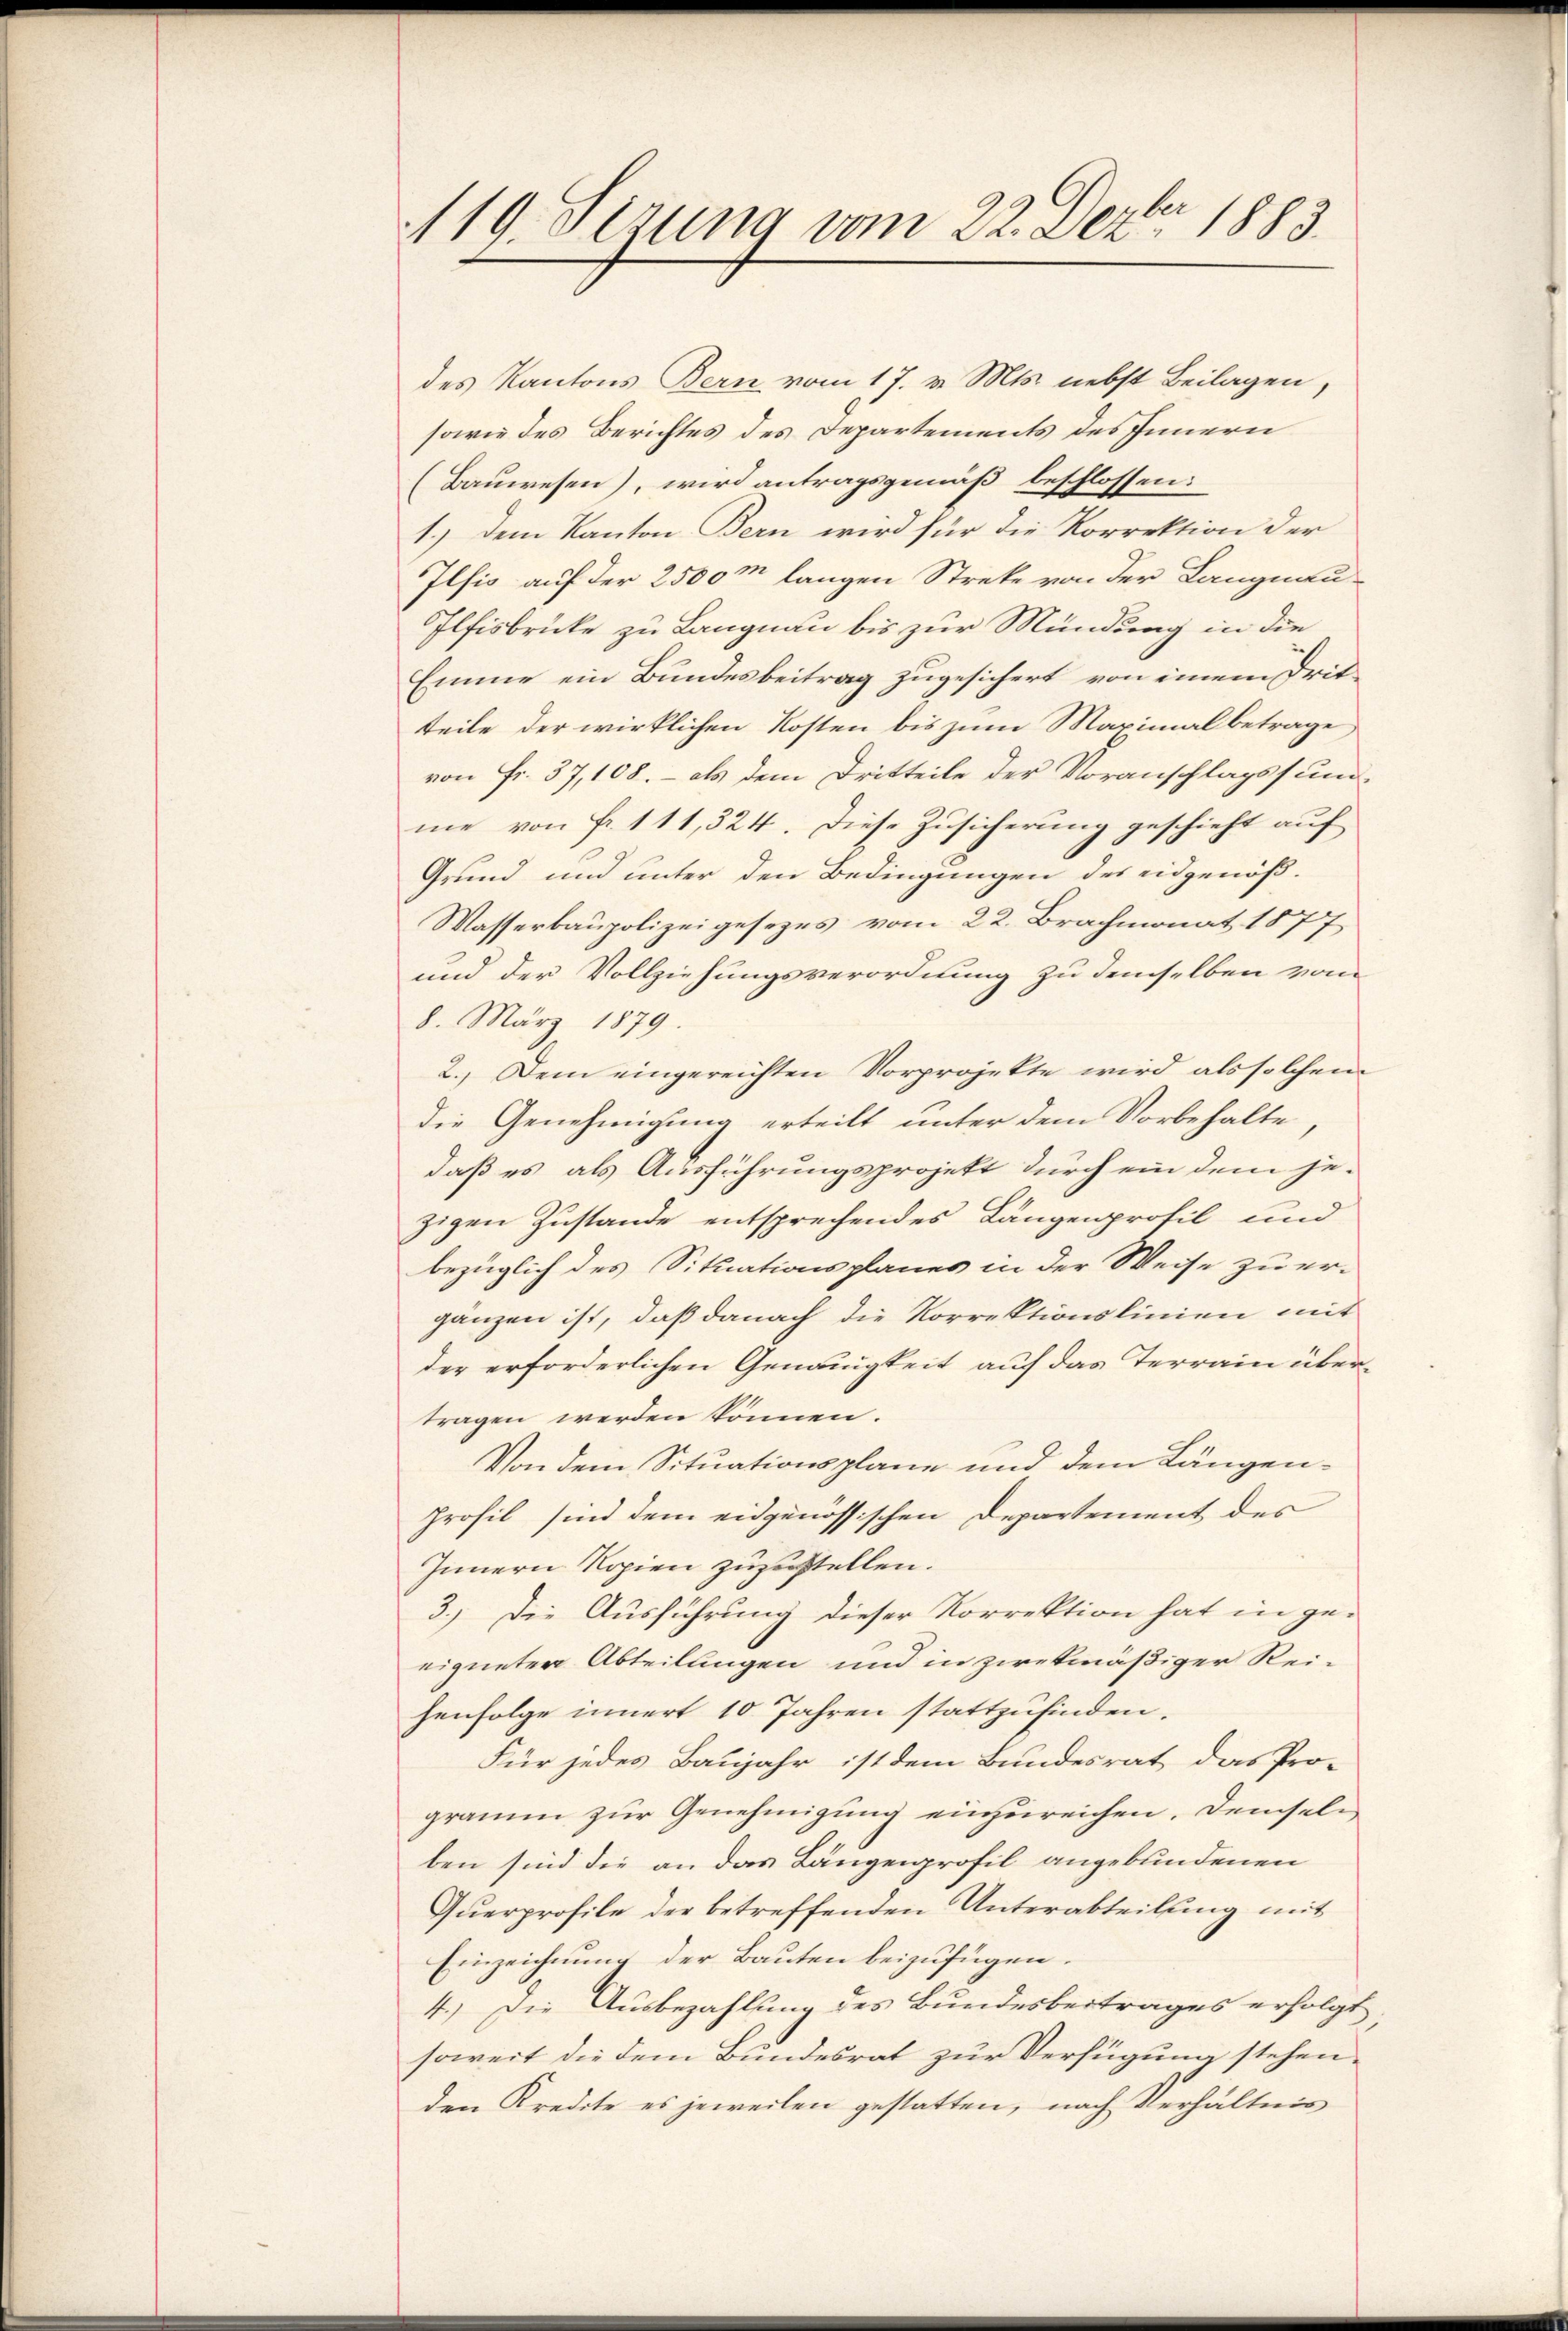
119. Jezung vom 22. Dezbr. 1883.

des Kantons Bern vom 17. v. Mts. nebst Beilagen,
sowie des Berichtes des Departements des Innern
(Bauwesen), wird antragsgemäß beschlossen:
1.) Dem Kanton Bern wird für die Korrektion der
Ilfis auf der 2500m langen Streke von der Langnau-
Ilfisbrücke zu Langnau bis zur Mündung in die
Emme ein Bundesbeitrag zugesichert von einem Dritteile der wirklichen Kosten bis zum Maximal betrage,
von Fr. 37, 108. - als dem Dritteile der Voranschlagssundme von Fr. 111,324. Diese Zŭsicherŭng geschieht aŭf
Grund und unter den Bedingungen des eidgenöß¬
Wasserbaupolizeigesezes vom 22. Brachmonat 1877
und der Vollziehungsverordnung zu demselben vom
8. März 1879.
2.) Dem eingereichten Vorprojekte wird als solchem
die Genehmigung erteilt unter dem Vorbehalte
daß es als Ausführungsprojekt durch ein dem jezigen Zustande entsprechendes Längenprofil und
bezüglich des Situationsplanes in der Weise zu er-
ganzen ist, daß danach die Korrektionslinien mit
der erforderlichen Genauigkeit auf das Terrain übertragen werden können.
Von dem Situationsplane und dem Längenprofil sind dem eidgenössischen Departement des
Innern Kopien zuzustellen.
3.) Die Ausführung dieser Korrektion hat in ge-
eigneter Abteilungen und in zwekmäßiger Reihenfolge innert 10 Jahren stattzufinden.
Für jedes Baujahr ist dem Bundesrat das Pro-
gramm zur Genehmigung einzureichen. Demselben sind die an das Längenprofil angebundenen
Querprofile der betreffenden Unterabteilung mit
Einzeichnung der Bauten beizufügen.
4.) Die Ausbezahlung des Bundesbeitrages erfolgt
soweit die dem Bundesrat zur Verfügung stehen.
den Kredite es jeweilen gestatten, nach Verhältnis